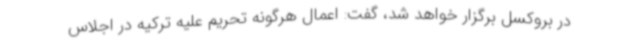
در بروکسل برگزار خواهد شد، گفت: اعمال هرگونه تحریم علیه ترکیه در اجلاس